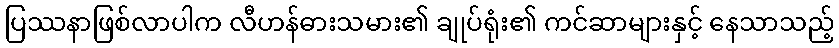
ပြဿနာဖြစ်လာပါက လီဟန်ဓားသမား၏ ချုပ်ရုံး၏ ကင်ဆာများနှင့် နေသာသည့်